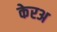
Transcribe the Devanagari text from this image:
केरअ